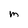
Character: m